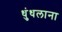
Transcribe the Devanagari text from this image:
धुंधलाना